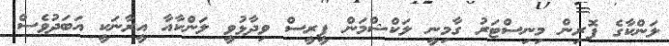
ލަންކާގެ ފޮރިން މިނިސްޓަރު ގާމިނީ ލަކްޝްމަން ޕީރީސް ވިދާޅުވީ ލަންކާއާ އީރާނަކީ އަބަދުވެސް